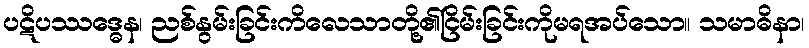
ပဋိပဿဒ္ဓေန၊ ညစ်နွမ်းခြင်းကိလေသာတို့၏ငြိမ်းခြင်းကိုမရအပ်သော။ သမာဓိနာ၊